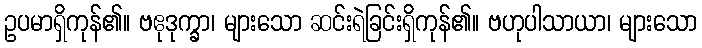
ဥပမာရှိကုန်၏။ ဗဧုဒုက္ခာ၊ များသော ဆင်းရဲခြင်းရှိကုန်၏။ ဗဟုပါသာယာ၊ များသော